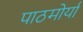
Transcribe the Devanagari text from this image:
पाठमोर्या